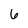
Character: 6